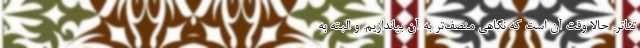
تئاتر. حالا وقت آن است که نگاهی منصف‌تر به آن بیاندازیم. و البته به